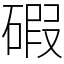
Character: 碬